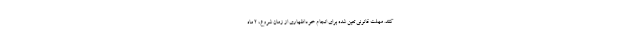
کنند. مهلت قانونی تعین شده برای انجام خوداظهاری از زمان شروع، ۲ ماه